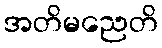
အတိမညေတိ